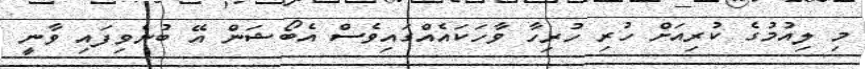
މި ލިއުމުގެ ކުރިއަށް ހުރި ހުރިހާ ވާހަކައެއްގައިވެސް އެބޯޝަން އޭ ބުނެވިފައި ވާނީ